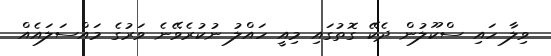
ވިލާ ހައި ސްކޫލުން ދެކޭ ގޮތުގައި މިއީ ހައްލު ނުކުރެވޭނެ ވަރުގެ މައްސަލައެއް